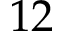
1 2